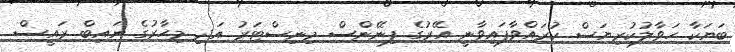
ބަޔަކާ ހަވާލުކުރިޔަސް ކުރައްވާފައިވާނީ އޭރުގެ ފިނޭންސް މިނިސްޓަރު އަދި މިހާރުގެ ނައިބް ރައީސް